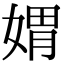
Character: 媦